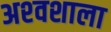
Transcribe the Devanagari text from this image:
अश्‍वशाला